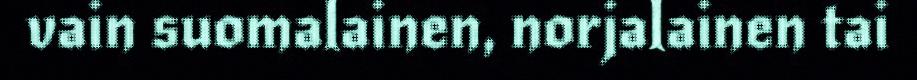
vain suomalainen, norjalainen tai